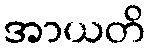
အာယတိ